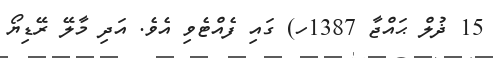
15 ޛުލް ޙައްޖާ 1387ހ) ގައި ފެއްޓެވި އެވެ. އަދި މާލޭ ރޭޑިޔޯ